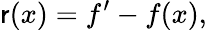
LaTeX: \mathsf{r}(x)=f^{\prime}-f(x),